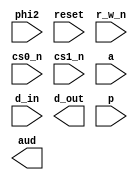
module pokey(
	     input 	  phi2,
	     input 	  reset, 
	     input 	  r_w_n,
	     input 	  cs0_n,
	     input 	  cs1_n,
	     input [3:0]  a,
	     input [7:0]  d_in,
	     output [7:0] d_out,
	     input [7:0]  p,
	     output [5:0] aud
	     );

`ifdef POKEY_ATOSM
   wire stb;
   wire [5:0] audout;
   
   assign stb = ~cs0_n & ~cs1_n;
   assign aud = audout;
   
   pokey_atosm pokey(.rst_i(reset),
		     .clk_i(phi2),
		     .adr_i(a),
		     .dat_i(d_in),
		     .dat_o(d_out),
		     .we_i(r_w_n),
		     .stb_i(stb),
		     .ack_o(),
		     .irq(),
		     .audout(audout),
		     .p_i(p),
		     .key_code(8'b0), .key_pressed(1'b0), .key_shift(1'b0), .key_break(1'b0),
		     .serout(), .serout_rdy_o(), .serout_ack_i(),
		     .serin(8'b0), .serin_rdy_i(1'b0), .serin_ack_o()
		     );
`endif
   
endmodule